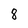
Character: 8